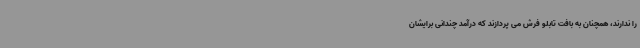
را ندارند، همچنان به بافت تابلو فرش می پردازند که درآمد چندانی برایشان